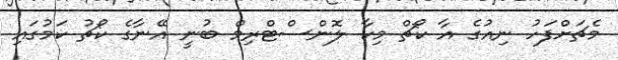
މެޗަށްފަހު ނިއުގެ އާ ކޯޗް މިކާ ލޮންސްޓްރިމް ބުނީ އޭނާގެ ކޯޗު ކަމުގައި